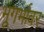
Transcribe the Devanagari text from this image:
भूगर्भावर